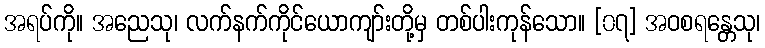
အရပ်ကို။ အညေသု၊ လက်နက်ကိုင်ယောကျာ်းတို့မှ တစ်ပါးကုန်သော။ [၀၇] အဝစရန္တေသု၊